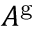
A ^ { \mathrm { g } }